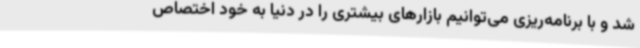
شد و با برنامه‌ریزی می‌توانیم بازارهای بیشتری را در دنیا به خود اختصاص